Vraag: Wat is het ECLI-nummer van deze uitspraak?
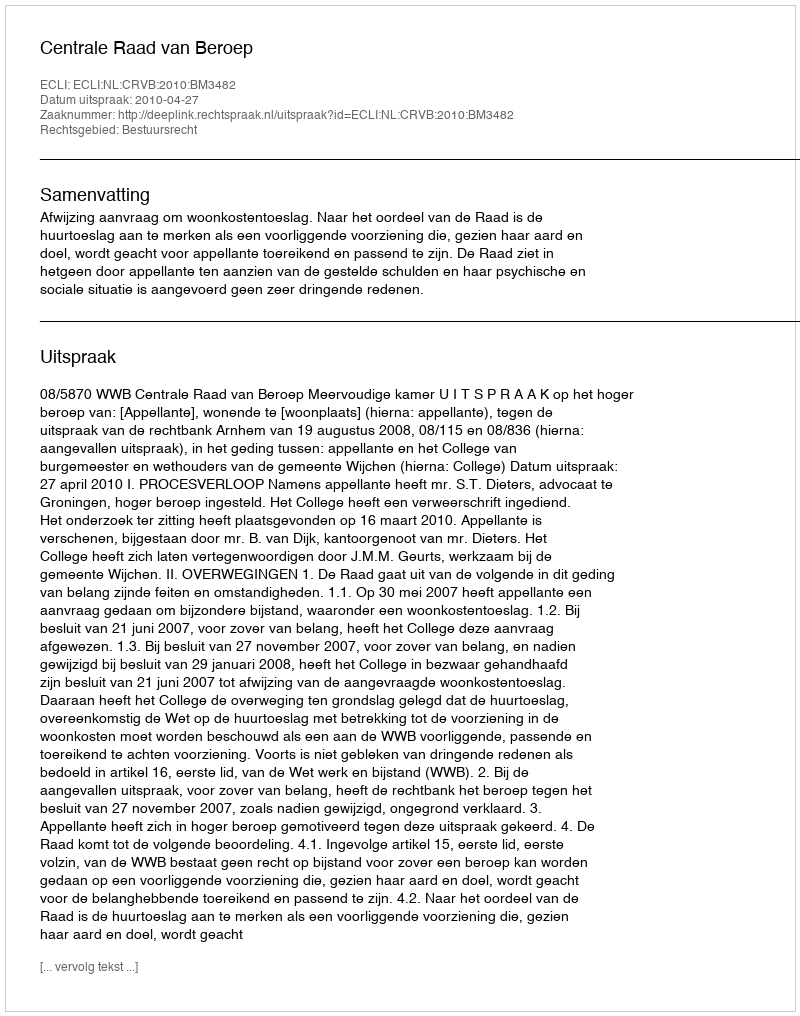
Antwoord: ECLI:NL:CRVB:2010:BM3482